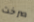
صرخت